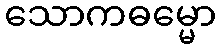
သောကဓမ္မော